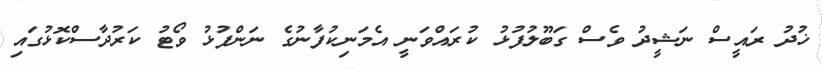
ޚުދު ރައީސް ނަޝީދު ވެސް ގަބޫލުފުޅު ކުރައްވަނީ އެމަނިކުފާނުގެ ނަންފުޅު ވޯޓު ކަރުދާސްކޮޅުގައި